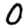
Digit: 0